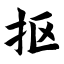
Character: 抠